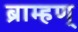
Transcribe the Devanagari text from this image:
ब्राम्हण्